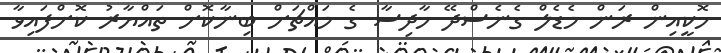
ހޮކީއިން ރަން މެޑެލް ގެނެސްދޭ ހާދިސާ ގެ މައްޗަށް ބިނާކޮށް ތައްޔާރު ކޮށްފައިވާ